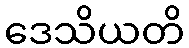
ဒေသိယတိ